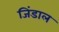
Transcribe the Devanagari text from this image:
जिंडाल